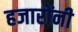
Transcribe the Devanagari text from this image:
हजारोंनी